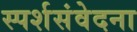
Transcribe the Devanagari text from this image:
स्पर्शसंवेदना